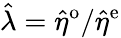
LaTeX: \hat{\lambda}=\hat{\eta}^{\mathrm{o}}/\hat{\eta}^{\mathrm{e}}